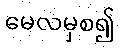
မေလမှစ၍